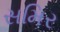
સમિર